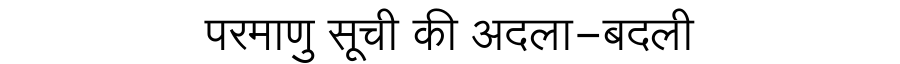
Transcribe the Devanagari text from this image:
परमाणु सूची की अदला-बदली